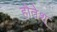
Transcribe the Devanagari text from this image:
होतेश्